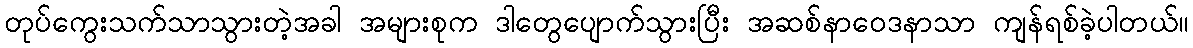
တုပ်ကွေးသက်သာသွားတဲ့အခါ အများစုက ဒါတွေပျောက်သွားပြီး အဆစ်နာဝေဒနာသာ ကျန်ရစ်ခဲ့ပါတယ်။